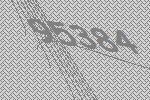
95384